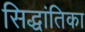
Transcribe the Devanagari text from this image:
सिद्धांतिका